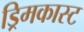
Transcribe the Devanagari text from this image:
ड्रिमकास्ट